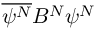
\overline { { \psi ^ { N } } } B ^ { N } \psi ^ { N }